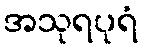
အသုရပုရံ